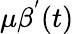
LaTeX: \mu\beta^{'}(t)